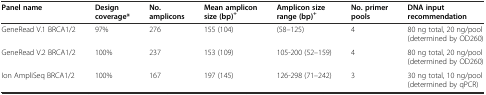
| Panel name | Design coverage* | No. amplicons | Mean amplicon size (bp)+ | Amplicon size range (bp)+ | No. primer pools | DNA input recommendation |
 | --- | --- | --- | --- | --- | --- | --- |
 | GeneRead V.1 BRCA1/2 | 97% | 276 | 155 (104) | (58–125) | 4 | 80 ng total, 20 ng/pool (determined by OD260) |
 | GeneRead V.2 BRCA1/2 | 100% | 237 | 153 (109) | 105-200 (52–159) | 4 | 80 ng total, 20 ng/pool (determined by OD260) |
 | Ion AmpliSeq BRCA1/2 | 100% | 167 | 197 (145) | 126-298 (71–242) | 3 | 30 ng total, 10 ng/pool (determined by qPCR) |